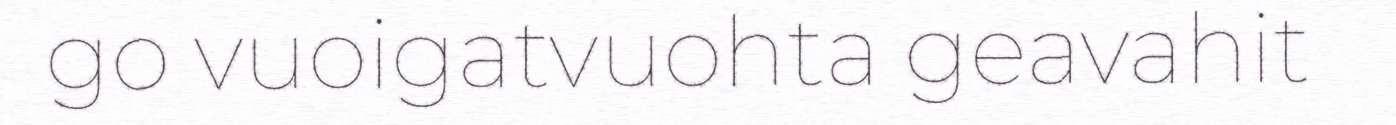
go vuoigatvuohta geavahit